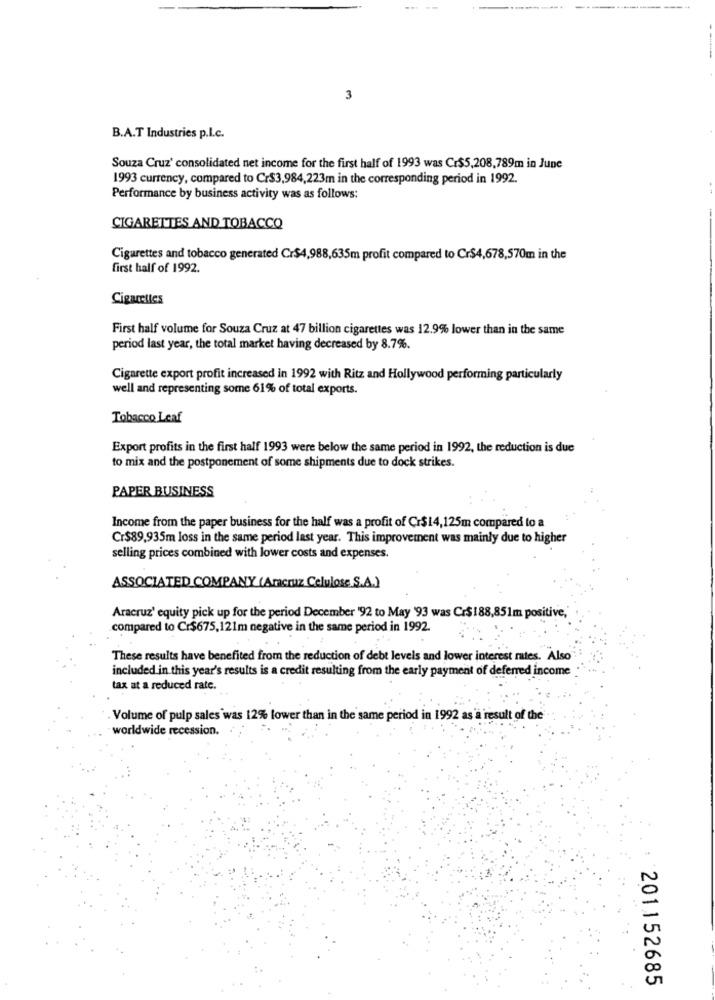
3
B.A.T Industries p.I.c.
Souza Cruz' consolidated net income for the first half of 1993 was Cr$5,208,789m in June
1993 currency, compared to Cr$3,984,223m in the corresponding period in 1992.
Performance by business activity was as follows:
CIGARETTES AND TOBACCO
Cigarettes and tobacco generated Cr$4,988,635m profit compared to Cr$4,678,570m in the
first half of 1992.
Cigarettes
First half volume for Souza Cruz at 47 billion cigarettes was 12.9% lower than in the same
period last year, the total market having decreased by 8.7%.
Cigarette export profit increased in 1992 with Ritz and Hollywood performing particularly
well and representing some 61% of total exports.
Tobacco Leaf
Export profits in the first half 1993 were below the same period in 1992, the reduction is due
to mix and the postponement of some shipments due to dock strikes.
PAPER BUSINESS
Income from the paper business for the half was a profit of Cr$14,125m compared to a
Cr$89,935m loss in the same period last year. This improvement was mainly due to higher
selling prices combined with lower costs and expenses.
ASSOCIATED COMPANY (Aracruz Celulose S.A.)
Aracruz' equity pick up for the period December '92 to May '93 was Cr$188,851m positive,
compared to Cr$675,121m negative in the same period in 1992.
These results have benefited from the reduction of debt levels and lower interest rates. Also"
included in this year's results is a credit resulting from the early payment of deferred income
tax at a reduced rate.
Volume of pulp sales was 12% lower than in the same period in 1992 as a result of the
worldwide recession.
201152685